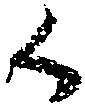
候